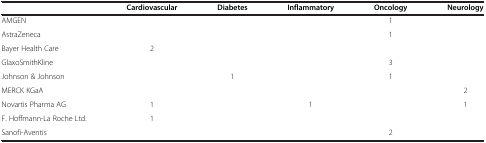
|  | Cardiovascular | Diabetes | Inflammatory | Oncology | Neurology |
 | --- | --- | --- | --- | --- | --- |
 | AMGEN |  |  |  | 1 |  |
 | AstraZeneca |  |  |  | 1 |  |
 | Bayer Health Care | 2 |  |  |  |  |
 | GlaxoSmithKline |  |  |  | 3 |  |
 | Johnson & Johnson |  | 1 |  | 1 |  |
 | MERCK KGaA |  |  |  |  | 2 |
 | Novartis Pharma AG | 1 |  | 1 |  | 1 |
 | F. Hoffmann-La Roche Ltd. | 1 |  |  |  |  |
 | Sanofi-Aventis |  |  |  | 2 |  |